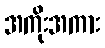
အကိုးအကား